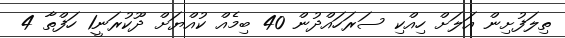
ތިލަފުށިން އަލަށް ހިއްކި ސަރަހައްދުން 40 ބިމެއް ކުއްޔަށް ދޫކުރަނީ1 ހަފްތާ 4